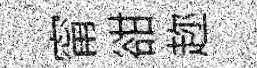
甯𧮳趂